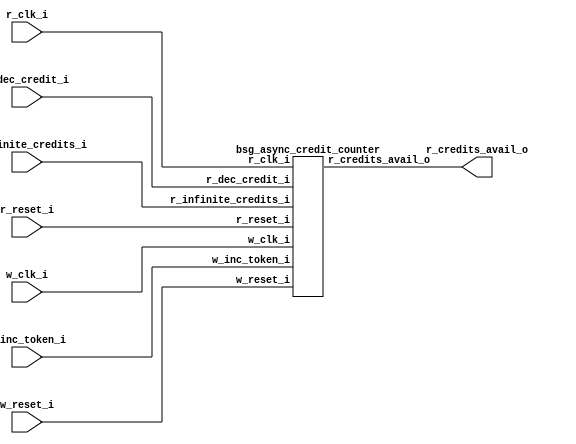


module top
(
  w_clk_i,
  w_inc_token_i,
  w_reset_i,
  r_clk_i,
  r_reset_i,
  r_dec_credit_i,
  r_infinite_credits_i,
  r_credits_avail_o
);

  input w_clk_i;
  input w_inc_token_i;
  input w_reset_i;
  input r_clk_i;
  input r_reset_i;
  input r_dec_credit_i;
  input r_infinite_credits_i;
  output r_credits_avail_o;

  bsg_async_credit_counter
  wrapper
  (
    .w_clk_i(w_clk_i),
    .w_inc_token_i(w_inc_token_i),
    .w_reset_i(w_reset_i),
    .r_clk_i(r_clk_i),
    .r_reset_i(r_reset_i),
    .r_dec_credit_i(r_dec_credit_i),
    .r_infinite_credits_i(r_infinite_credits_i),
    .r_credits_avail_o(r_credits_avail_o)
  );


endmodule



module bsg_launch_sync_sync_posedge_2_unit
(
  iclk_i,
  iclk_reset_i,
  oclk_i,
  iclk_data_i,
  iclk_data_o,
  oclk_data_o
);

  input [1:0] iclk_data_i;
  output [1:0] iclk_data_o;
  output [1:0] oclk_data_o;
  input iclk_i;
  input iclk_reset_i;
  input oclk_i;
  wire [1:0] iclk_data_o,oclk_data_o,bsg_SYNC_1_r;
  reg iclk_data_o_1_sv2v_reg,iclk_data_o_0_sv2v_reg,bsg_SYNC_1_r_1_sv2v_reg,
  bsg_SYNC_1_r_0_sv2v_reg,oclk_data_o_1_sv2v_reg,oclk_data_o_0_sv2v_reg;
  assign iclk_data_o[1] = iclk_data_o_1_sv2v_reg;
  assign iclk_data_o[0] = iclk_data_o_0_sv2v_reg;
  assign bsg_SYNC_1_r[1] = bsg_SYNC_1_r_1_sv2v_reg;
  assign bsg_SYNC_1_r[0] = bsg_SYNC_1_r_0_sv2v_reg;
  assign oclk_data_o[1] = oclk_data_o_1_sv2v_reg;
  assign oclk_data_o[0] = oclk_data_o_0_sv2v_reg;

  always @(posedge iclk_i) begin
    if(iclk_reset_i) begin
      iclk_data_o_1_sv2v_reg <= 1'b0;
      iclk_data_o_0_sv2v_reg <= 1'b0;
    end else if(1'b1) begin
      iclk_data_o_1_sv2v_reg <= iclk_data_i[1];
      iclk_data_o_0_sv2v_reg <= iclk_data_i[0];
    end 
  end


  always @(posedge oclk_i) begin
    if(1'b1) begin
      bsg_SYNC_1_r_1_sv2v_reg <= iclk_data_o[1];
      bsg_SYNC_1_r_0_sv2v_reg <= iclk_data_o[0];
      oclk_data_o_1_sv2v_reg <= bsg_SYNC_1_r[1];
      oclk_data_o_0_sv2v_reg <= bsg_SYNC_1_r[0];
    end 
  end


endmodule



module bsg_launch_sync_sync_width_p2_use_negedge_for_launch_p0_use_async_reset_p0
(
  iclk_i,
  iclk_reset_i,
  oclk_i,
  iclk_data_i,
  iclk_data_o,
  oclk_data_o
);

  input [1:0] iclk_data_i;
  output [1:0] iclk_data_o;
  output [1:0] oclk_data_o;
  input iclk_i;
  input iclk_reset_i;
  input oclk_i;
  wire [1:0] iclk_data_o,oclk_data_o;

  bsg_launch_sync_sync_posedge_2_unit
  \sync.p.z.blss 
  (
    .iclk_i(iclk_i),
    .iclk_reset_i(iclk_reset_i),
    .oclk_i(oclk_i),
    .iclk_data_i(iclk_data_i),
    .iclk_data_o(iclk_data_o),
    .oclk_data_o(oclk_data_o)
  );


endmodule



module bsg_async_ptr_gray_lg_size_p2_use_negedge_for_launch_p0_use_async_reset_p0
(
  w_clk_i,
  w_reset_i,
  w_inc_i,
  r_clk_i,
  w_ptr_binary_r_o,
  w_ptr_gray_r_o,
  w_ptr_gray_r_rsync_o
);

  output [1:0] w_ptr_binary_r_o;
  output [1:0] w_ptr_gray_r_o;
  output [1:0] w_ptr_gray_r_rsync_o;
  input w_clk_i;
  input w_reset_i;
  input w_inc_i;
  input r_clk_i;
  wire [1:0] w_ptr_binary_r_o,w_ptr_gray_r_o,w_ptr_gray_r_rsync_o,w_ptr_p1_r,w_ptr_p2,
  w_ptr_gray_n;
  wire N0,N1,N2,N3;
  reg w_ptr_p1_r_1_sv2v_reg,w_ptr_p1_r_0_sv2v_reg,w_ptr_binary_r_o_1_sv2v_reg,
  w_ptr_binary_r_o_0_sv2v_reg;
  assign w_ptr_p1_r[1] = w_ptr_p1_r_1_sv2v_reg;
  assign w_ptr_p1_r[0] = w_ptr_p1_r_0_sv2v_reg;
  assign w_ptr_binary_r_o[1] = w_ptr_binary_r_o_1_sv2v_reg;
  assign w_ptr_binary_r_o[0] = w_ptr_binary_r_o_0_sv2v_reg;

  bsg_launch_sync_sync_width_p2_use_negedge_for_launch_p0_use_async_reset_p0
  ptr_sync
  (
    .iclk_i(w_clk_i),
    .iclk_reset_i(w_reset_i),
    .oclk_i(r_clk_i),
    .iclk_data_i(w_ptr_gray_n),
    .iclk_data_o(w_ptr_gray_r_o),
    .oclk_data_o(w_ptr_gray_r_rsync_o)
  );

  assign w_ptr_p2 = w_ptr_p1_r + 1'b1;
  assign w_ptr_gray_n = (N0)? { w_ptr_p1_r[1:1], N3 } : 
                        (N1)? w_ptr_gray_r_o : 1'b0;
  assign N0 = w_inc_i;
  assign N1 = N2;
  assign N2 = ~w_inc_i;
  assign N3 = w_ptr_p1_r[1] ^ w_ptr_p1_r[0];

  always @(posedge w_clk_i) begin
    if(w_reset_i) begin
      w_ptr_p1_r_1_sv2v_reg <= 1'b0;
      w_ptr_p1_r_0_sv2v_reg <= 1'b1;
      w_ptr_binary_r_o_1_sv2v_reg <= 1'b0;
      w_ptr_binary_r_o_0_sv2v_reg <= 1'b0;
    end else if(w_inc_i) begin
      w_ptr_p1_r_1_sv2v_reg <= w_ptr_p2[1];
      w_ptr_p1_r_0_sv2v_reg <= w_ptr_p2[0];
      w_ptr_binary_r_o_1_sv2v_reg <= w_ptr_p1_r[1];
      w_ptr_binary_r_o_0_sv2v_reg <= w_ptr_p1_r[0];
    end 
  end


endmodule



module bsg_async_credit_counter
(
  w_clk_i,
  w_inc_token_i,
  w_reset_i,
  r_clk_i,
  r_reset_i,
  r_dec_credit_i,
  r_infinite_credits_i,
  r_credits_avail_o
);

  input w_clk_i;
  input w_inc_token_i;
  input w_reset_i;
  input r_clk_i;
  input r_reset_i;
  input r_dec_credit_i;
  input r_infinite_credits_i;
  output r_credits_avail_o;
  wire r_credits_avail_o,N0,N1,N2,N3,N4,N5,N6,r_counter_r_lo_bits_nonzero,N7,N8,N9,N10,
  sv2v_dc_1,sv2v_dc_2;
  wire [5:0] r_counter_r;
  wire [1:0] w_counter_gray_r,w_counter_gray_r_rsync;
  wire [0:0] r_counter_r_hi_bits_gray;
  reg r_counter_r_5_sv2v_reg,r_counter_r_4_sv2v_reg,r_counter_r_3_sv2v_reg,
  r_counter_r_2_sv2v_reg,r_counter_r_1_sv2v_reg,r_counter_r_0_sv2v_reg;
  assign r_counter_r[5] = r_counter_r_5_sv2v_reg;
  assign r_counter_r[4] = r_counter_r_4_sv2v_reg;
  assign r_counter_r[3] = r_counter_r_3_sv2v_reg;
  assign r_counter_r[2] = r_counter_r_2_sv2v_reg;
  assign r_counter_r[1] = r_counter_r_1_sv2v_reg;
  assign r_counter_r[0] = r_counter_r_0_sv2v_reg;

  bsg_async_ptr_gray_lg_size_p2_use_negedge_for_launch_p0_use_async_reset_p0
  bapg
  (
    .w_clk_i(w_clk_i),
    .w_reset_i(w_reset_i),
    .w_inc_i(w_inc_token_i),
    .r_clk_i(r_clk_i),
    .w_ptr_binary_r_o({ sv2v_dc_1, sv2v_dc_2 }),
    .w_ptr_gray_r_o(w_counter_gray_r),
    .w_ptr_gray_r_rsync_o(w_counter_gray_r_rsync)
  );

  assign N7 = { r_counter_r[5:5], r_counter_r_hi_bits_gray[0:0] } != w_counter_gray_r_rsync;
  assign { N6, N5, N4, N3, N2, N1 } = r_counter_r + r_dec_credit_i;
  assign N0 = ~r_reset_i;
  assign r_counter_r_lo_bits_nonzero = N9 | r_counter_r[0];
  assign N9 = N8 | r_counter_r[1];
  assign N8 = r_counter_r[3] | r_counter_r[2];
  assign r_counter_r_hi_bits_gray[0] = r_counter_r[5] ^ r_counter_r[4];
  assign r_credits_avail_o = N10 | N7;
  assign N10 = r_infinite_credits_i | r_counter_r_lo_bits_nonzero;

  always @(posedge r_clk_i) begin
    if(r_reset_i) begin
      r_counter_r_5_sv2v_reg <= 1'b1;
      r_counter_r_4_sv2v_reg <= 1'b0;
      r_counter_r_3_sv2v_reg <= 1'b0;
      r_counter_r_2_sv2v_reg <= 1'b0;
      r_counter_r_1_sv2v_reg <= 1'b0;
      r_counter_r_0_sv2v_reg <= 1'b0;
    end else if(1'b1) begin
      r_counter_r_5_sv2v_reg <= N6;
      r_counter_r_4_sv2v_reg <= N5;
      r_counter_r_3_sv2v_reg <= N4;
      r_counter_r_2_sv2v_reg <= N3;
      r_counter_r_1_sv2v_reg <= N2;
      r_counter_r_0_sv2v_reg <= N1;
    end 
  end


endmodule